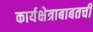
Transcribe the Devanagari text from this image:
कार्यक्षेत्राबाबतची